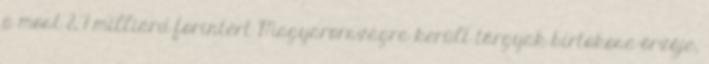
a most 8,7 milliárd forintért Magyarországra került tárgyak birtokosa-őrzője,